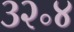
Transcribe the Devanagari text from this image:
३२॰४